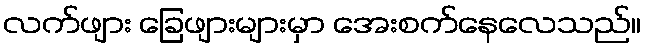
လက်ဖျား ခြေဖျားများမှာ အေးစက်နေလေသည်။